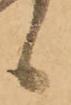
候